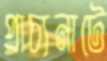
প্রাচ্যনাটে